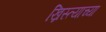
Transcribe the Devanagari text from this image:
ख्रिस्त्याच्या